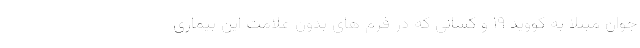
جوان مبتلا به کووید ۱۹ و کسانی که در فرم های بدون علامت این بیماری